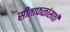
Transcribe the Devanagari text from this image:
सीताफळांसाठी